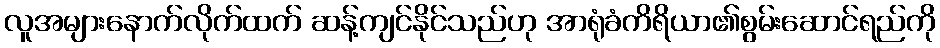
လူအများနောက်လိုက်ထက် ဆန့်ကျင်နိုင်သည်ဟု အာရုံခံကိရိယာ၏စွမ်းဆောင်ရည်ကို